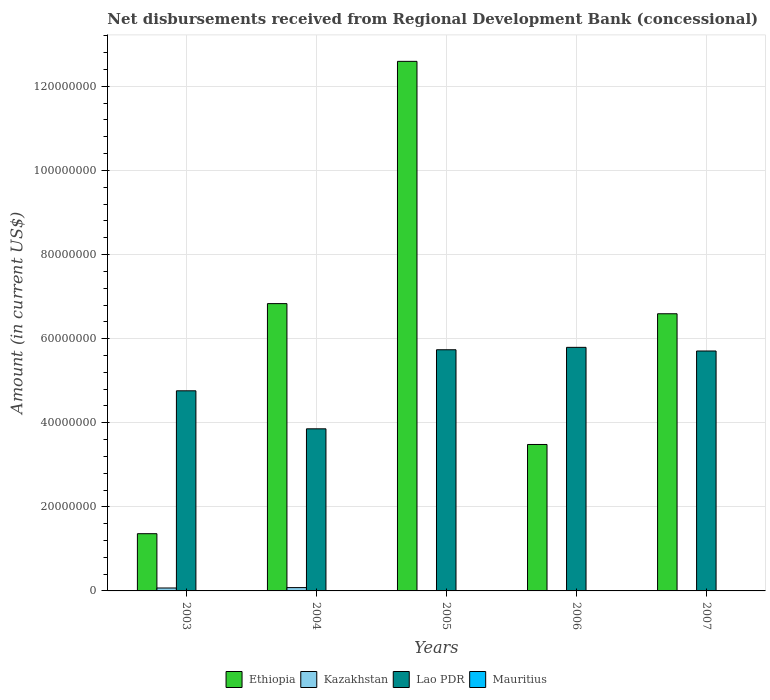
| Years | Ethiopia | Kazakhstan | Lao PDR | Mauritius |
 | --- | --- | --- | --- | --- |
 | 2003 | 1.36e+07 | 6.98e+05 | 4.76e+07 | -1.29e+05 |
 | 2004 | 6.83e+07 | 7.91e+05 | 3.86e+07 | -1.3e+05 |
 | 2005 | 1.26e+08 | 9.5e+04 | 5.74e+07 | -1.22e+05 |
 | 2006 | 3.48e+07 | -9.48e+05 | 5.79e+07 | -1.34e+05 |
 | 2007 | 6.59e+07 | -4.9e+07 | 5.71e+07 | -1.41e+05 |